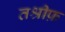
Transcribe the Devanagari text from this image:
तश्रीफ़